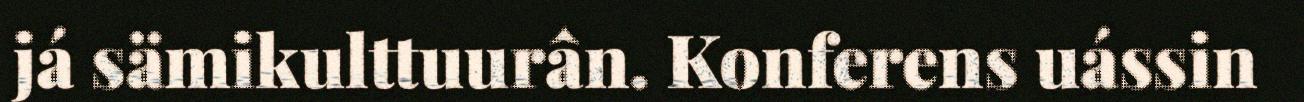
já sämikulttuurân. Konferens uássin